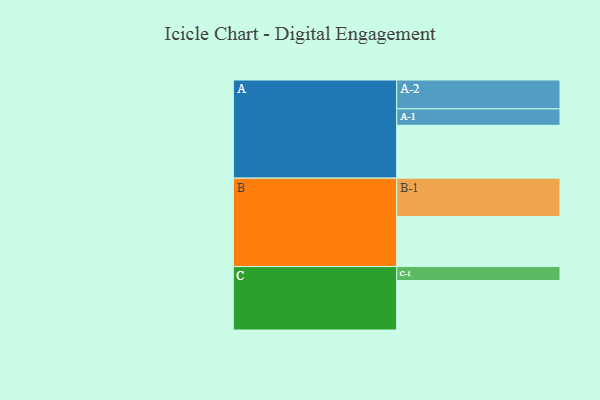
{"axis": {"x": "Segment", "y": "Value"}, "legend": ["", "A", "B", "C"], "data": [{"x": "A", "y": 408, "type": ""}, {"x": "B", "y": 386, "type": ""}, {"x": "C", "y": 382, "type": ""}, {"x": "A-1", "y": 127, "type": "A"}, {"x": "A-2", "y": 223, "type": "A"}, {"x": "B-1", "y": 297, "type": "B"}, {"x": "C-1", "y": 108, "type": "C"}]}